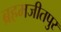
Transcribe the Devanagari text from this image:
ब्रहमजीतपुर